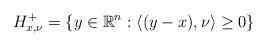
LaTeX: \begin{align*}H_{x,\nu}^{+}= \left\{ y\in \mathbb{R}^{n} : \langle (y-x), \nu \rangle\geq 0 \right\}\end{align*}